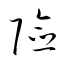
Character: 險